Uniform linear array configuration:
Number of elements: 12
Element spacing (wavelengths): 0.25
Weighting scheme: uniform
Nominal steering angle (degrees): -30
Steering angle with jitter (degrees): -28.708
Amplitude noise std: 0.05
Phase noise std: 0.05

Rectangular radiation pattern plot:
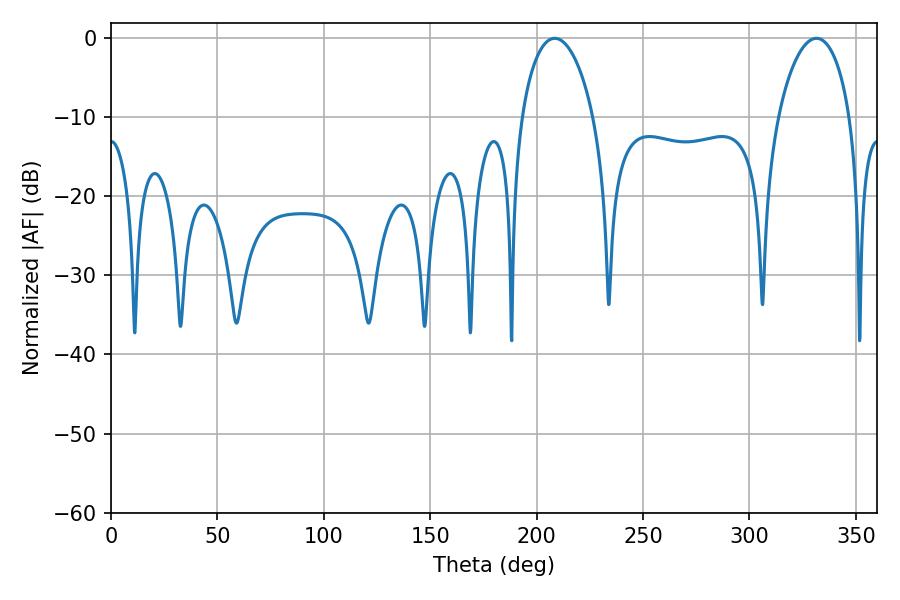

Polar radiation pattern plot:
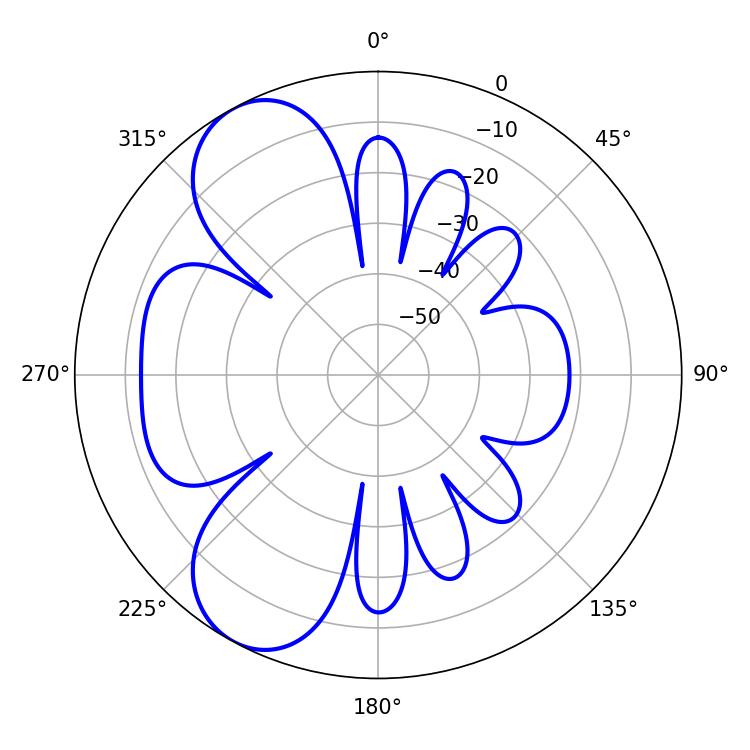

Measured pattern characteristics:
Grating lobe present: FALSE
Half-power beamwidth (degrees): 19.44
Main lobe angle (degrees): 208.44